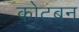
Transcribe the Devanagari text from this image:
कोटबन